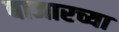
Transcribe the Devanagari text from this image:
बाजारच्या